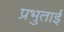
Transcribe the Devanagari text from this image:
प्रभुताई